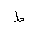
Letter: _da